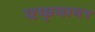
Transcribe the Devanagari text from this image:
एफ्‌वाय९